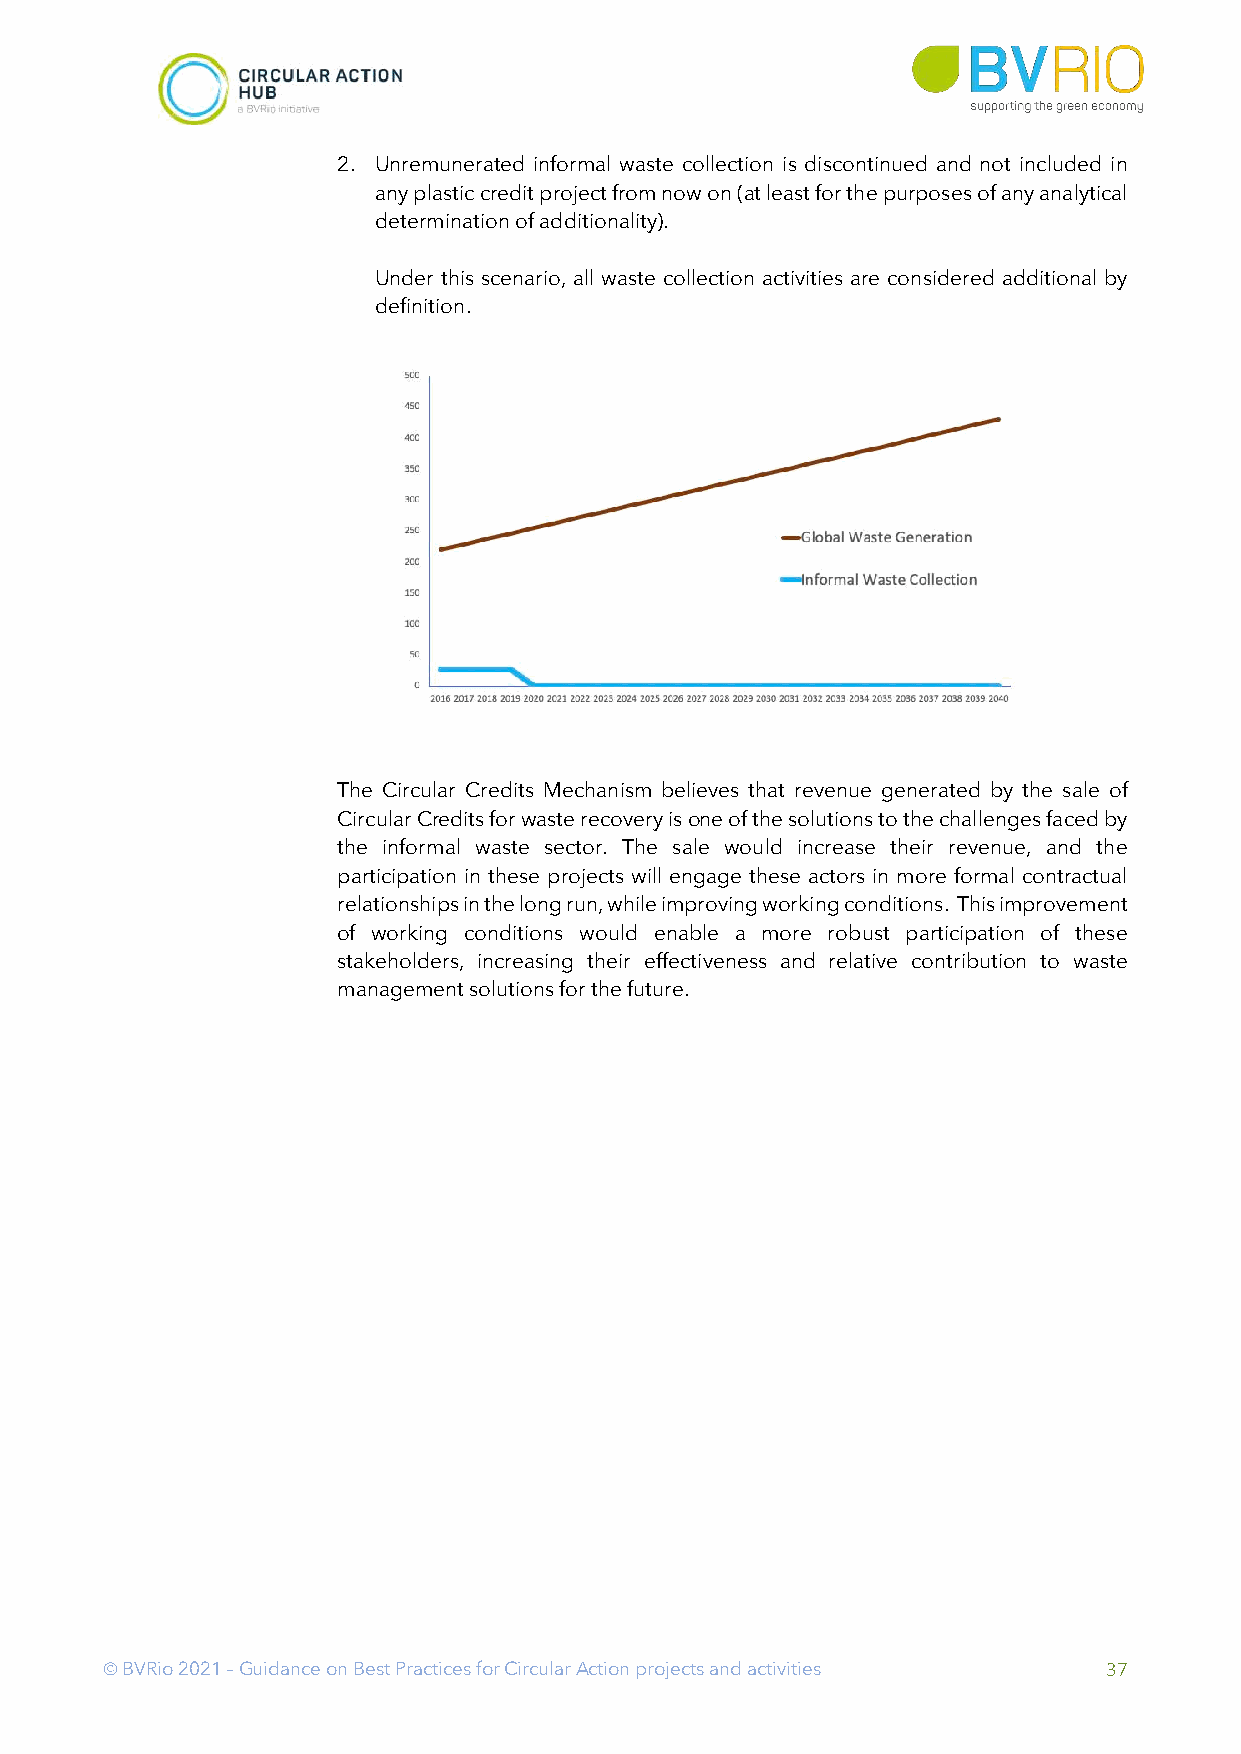
2. Unremunerated informal waste collection is discontinued and not included in
 any plastic credit project from now on (at least for the purposes of any analytical
 determination of additionality).
 Under this scenario, all waste collection activities are considered additional by
 definition.
 The Circular Credits Mechanism believes that revenue generated by the sale of
 Circular Credits for waste recovery is one of the solutions to the challenges faced by
 the informal waste sector. The sale would increase their revenue, and the
 participation in these projects will engage these actors in more formal contractual
 relationships in the long run, while improving working conditions. This improvement
 of working conditions would enable a more robust participation of these
 stakeholders, increasing their effectiveness and relative contribution to waste
 management solutions for the future.
 Ó BVRio 2021 – Guidance on Best Practices for Circular Action projects and activities 37